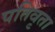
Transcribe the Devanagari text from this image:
पतिवृता